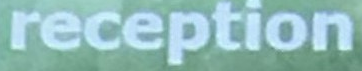
reception